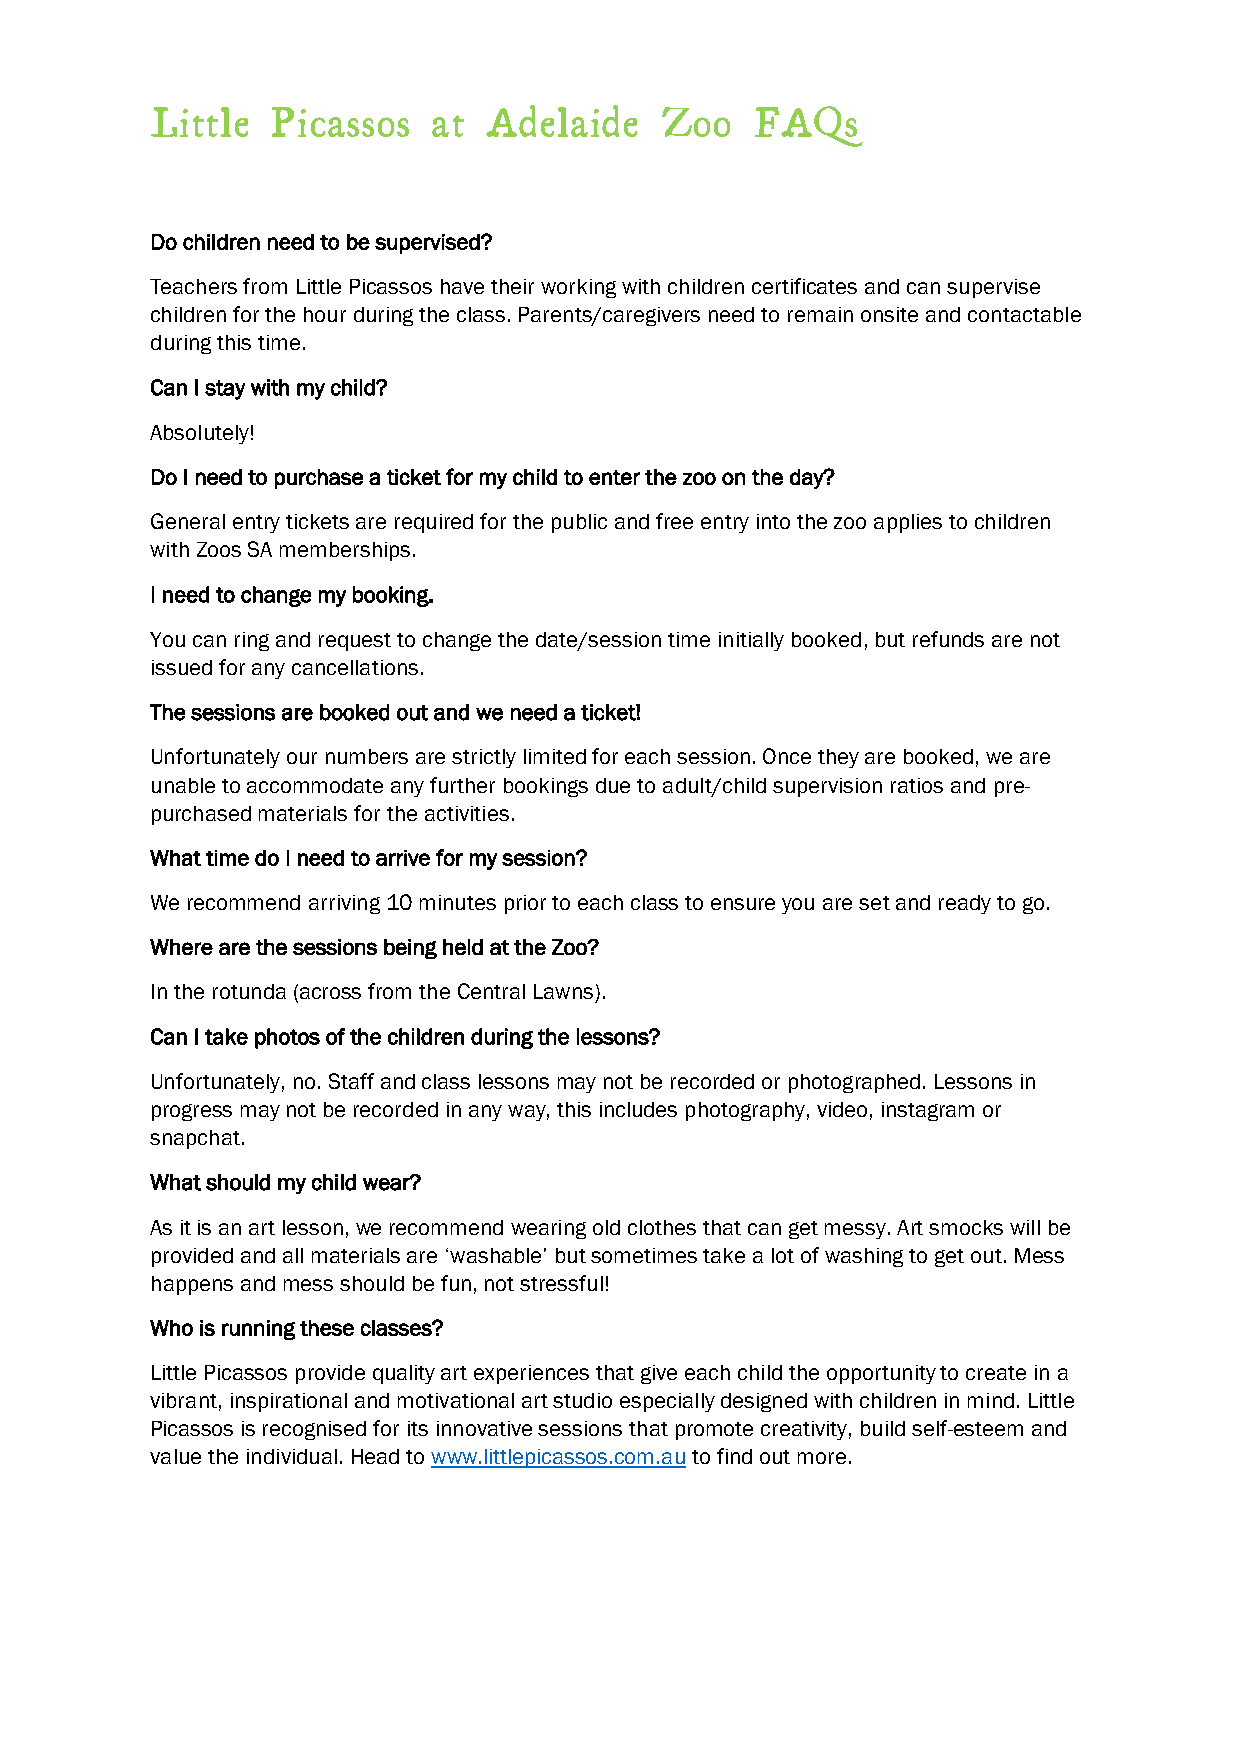
Little  Picassos   at Adelaide    Zoo   FAQs
 Do children need to be supervised?
 Teachers from Little Picassos have their working with children certificates and can supervise
 children for the hour during the class. Parents/caregivers need to remain onsite and contactable
 during this time.
 Can I stay with my child?
 Absolutely!
 Do I need to purchase a ticket for my child to enter the zoo on the day?
 General entry tickets are required for the public and free entry into the zoo applies to children
 with Zoos SA memberships.
 I need to change my booking.
 You can ring and request to change the date/session time initially booked, but refunds are not
 issued for any cancellations.
 The sessions are booked out and we need a ticket!
 Unfortunately our numbers are strictly limited for each session. Once they are booked, we are
 unable to accommodate any further bookings due to adult/child supervision ratios and pre-
 purchased materials for the activities.
 What time do I need to arrive for my session?
 We recommend arriving 10 minutes prior to each class to ensure you are set and ready to go.
 Where are the sessions being held at the Zoo?
 In the rotunda (across from the Central Lawns).
 Can I take photos of the children during the lessons?
 Unfortunately, no. Staff and class lessons may not be recorded or photographed. Lessons in
 progress may not be recorded in any way, this includes photography, video, instagram or
 snapchat.
 What should my child wear?
 As it is an art lesson, we recommend wearing old clothes that can get messy. Art smocks will be
 provided and all materials are ‘washable’ but sometimes take a lot of washing to get out. Mess
 happens and mess should be fun, not stressful!
 Who is running these classes?
 Little Picassos provide quality art experiences that give each child the opportunity to create in a
 vibrant, inspirational and motivational art studio especially designed with children in mind. Little
 Picassos is recognised for its innovative sessions that promote creativity, build self-esteem and
 value the individual. Head to www.littlepicassos.com.au to find out more.